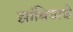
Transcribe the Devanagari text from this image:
झांबियाचे